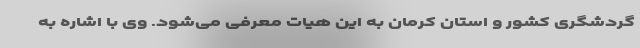
گردشگری کشور و استان کرمان به این هیات معرفی می‌شود. وی با اشاره به